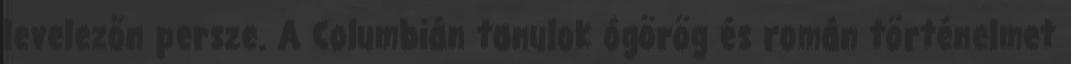
levelezőn persze. A Columbián tanulok ógörög és román történelmet